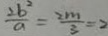
\frac { 2 b ^ { 2 } } { a } = \frac { 2 m } { 3 } = 2